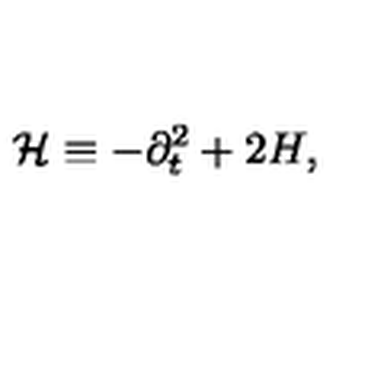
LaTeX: { \mathcal H } \equiv - \partial _ { t } ^ { 2 } + 2 H ,